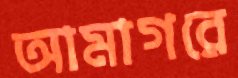
আমাগরে